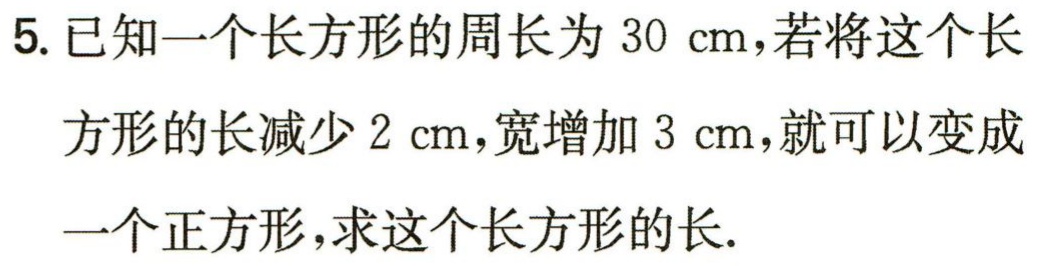
5. 已知一个长方形的周长为\(30\mathrm{cm}\)，若将这个长方形的长减少\(2\mathrm{cm}\)，宽增加\(3\mathrm{cm}\)，就可以变成一个正方形，求这个长方形的长.